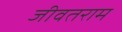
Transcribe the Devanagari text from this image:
जीवतराम